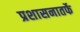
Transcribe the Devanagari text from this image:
प्रशासनातर्फे